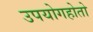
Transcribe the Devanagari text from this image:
उपयोगहोतो